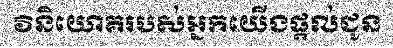
វិនិយោគរបស់អ្នកយើងផ្តល់ជូន